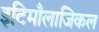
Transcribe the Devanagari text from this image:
इटिमाँलाजिकल